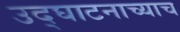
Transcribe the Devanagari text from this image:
उद्घाटनाच्याच